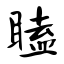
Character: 瞌